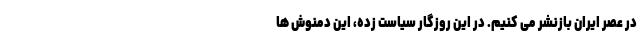
در عصر ایران بازنشر می کنیم. در این روزگار سیاست زده، این دمنوش ها